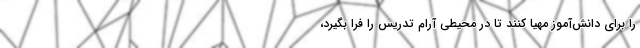
را برای دانش‌آموز مهیا کنند تا در محیطی آرام تدریس را فرا بگیرد،